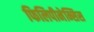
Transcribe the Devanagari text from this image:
फिलिपीनेन्सिस